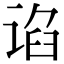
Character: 谄